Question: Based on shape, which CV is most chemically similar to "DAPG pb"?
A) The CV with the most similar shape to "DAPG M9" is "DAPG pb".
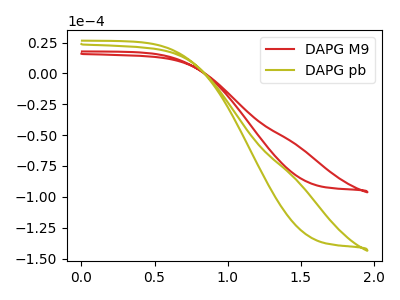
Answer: <think>The red curve "DAPG M9" has no peaks. The olive curve "DAPG pb" has no peaks.
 Neither "DAPG M9" or "DAPG pb" have any peaks.</think>
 <answer>A) The CV with the most similar shape to "DAPG M9" is "DAPG pb".</answer>
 <eval>A</eval>